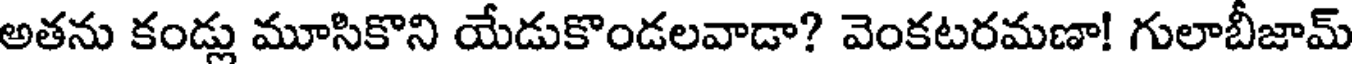
అతను కండ్లు మూసికొని యేడుకొండలవాడా? వెంకటరమణా! గులాబీజామ్